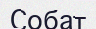
Собат